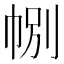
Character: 𢃉